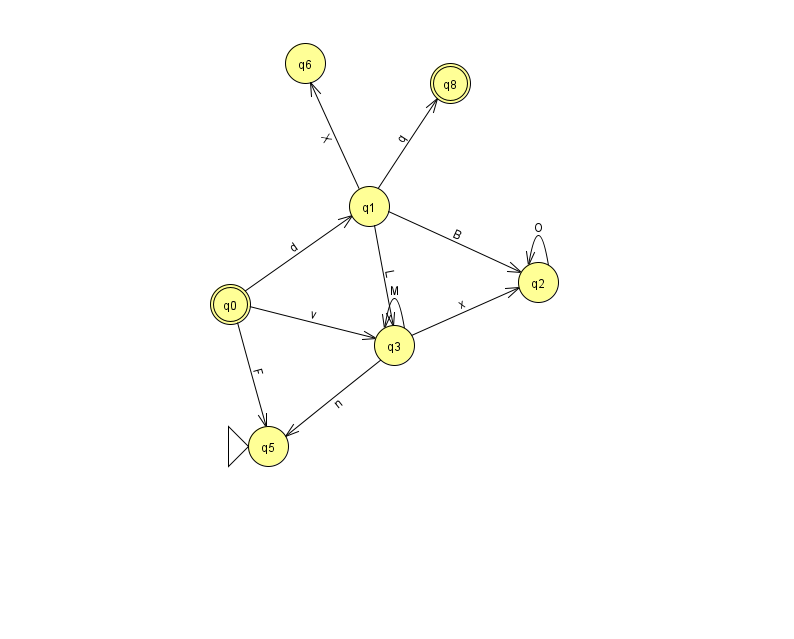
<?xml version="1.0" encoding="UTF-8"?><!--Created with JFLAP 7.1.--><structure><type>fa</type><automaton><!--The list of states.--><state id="0" name="q0"><x>230.0</x><y>291.0</y><final/></state><state id="1" name="q1"><x>369.0</x><y>193.0</y></state><state id="2" name="q2"><x>538.0</x><y>269.0</y></state><state id="3" name="q3"><x>394.0</x><y>332.0</y></state><state id="5" name="q5"><x>268.0</x><y>433.0</y><initial/></state><state id="6" name="q6"><x>305.0</x><y>50.0</y></state><state id="8" name="q8"><x>450.0</x><y>70.0</y><final/></state><!--The list of transitions.--><transition><from>1</from><to>2</to><read>B</read></transition><transition><from>1</from><to>6</to><read>X</read></transition><transition><from>1</from><to>8</to><read>q</read></transition><transition><from>0</from><to>3</to><read>v</read></transition><transition><from>0</from><to>5</to><read>F</read></transition><transition><from>0</from><to>1</to><read>d</read></transition><transition><from>1</from><to>3</to><read>L</read></transition><transition><from>3</from><to>3</to><read>M</read></transition><transition><from>3</from><to>5</to><read>n</read></transition><transition><from>2</from><to>2</to><read>O</read></transition><transition><from>3</from><to>2</to><read>x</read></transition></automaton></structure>